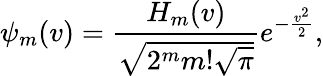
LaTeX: \psi_{m}(v)=\frac{H_{m}(v)}{\sqrt{2^{m}m!\sqrt{\pi}}}e^{-\frac{v^{2}}{2}},